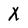
Character: X